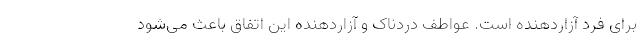
برای فرد آزاردهنده است. عواطف دردناک و آزاردهنده این اتفاق باعث می‌شود